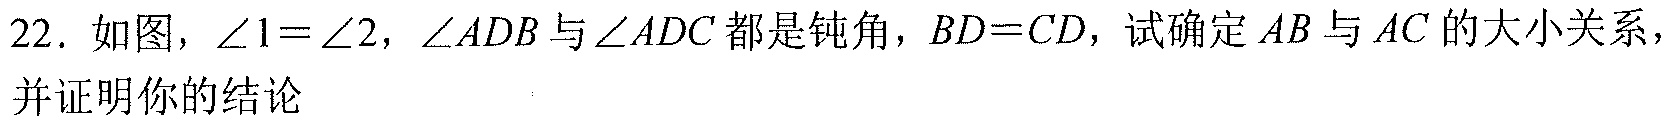
22. 如图，\(\angle1 = \angle2\)，\(\angle ADB\)与\(\angle ADC\)都是钝角，\(BD = CD\)，试确定\(AB\)与\(AC\)的大小关系，并证明你的结论